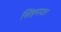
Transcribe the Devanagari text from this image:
सिंहपपात